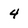
Character: 4